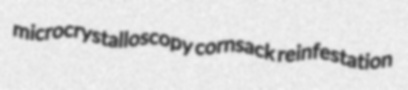
microcrystalloscopy cornsack reinfestation